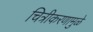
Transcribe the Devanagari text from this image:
चित्रीकरणामुळे